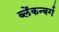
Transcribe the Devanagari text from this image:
ब्लेंकन्बर्ग